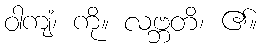
ဝါကျံ၊ ကို။ လဗ္ဘတိ၊ ၏။